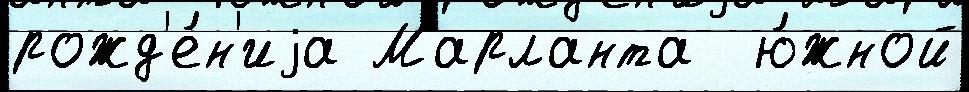
рожд'е́н'иjа Марланта  ю́жной